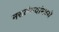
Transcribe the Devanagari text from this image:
नसलेल्यांमध्ये